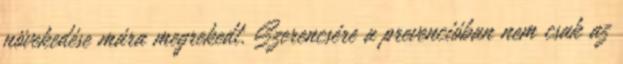
növekedése mára megrekedt. Szerencsére a prevencióban nem csak az